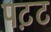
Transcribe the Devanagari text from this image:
पट़ट